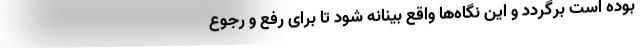
بوده است برگردد و این نگاه‌ها واقع بینانه شود تا برای رفع و رجوع